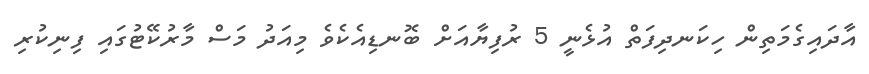
އާދައިގެމަތިން ހިކަނދިފަތް އުޅެނީ 5 ރުފިޔާއަށް ބޮނޑިއެކެވެ މިއަދު މަސް މާރުކޭޓުގައި ފިނިކުރި